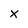
Character: x